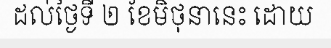
ដល់ថ្ងៃទី ២ ខែមិថុនានេះ ដោយ